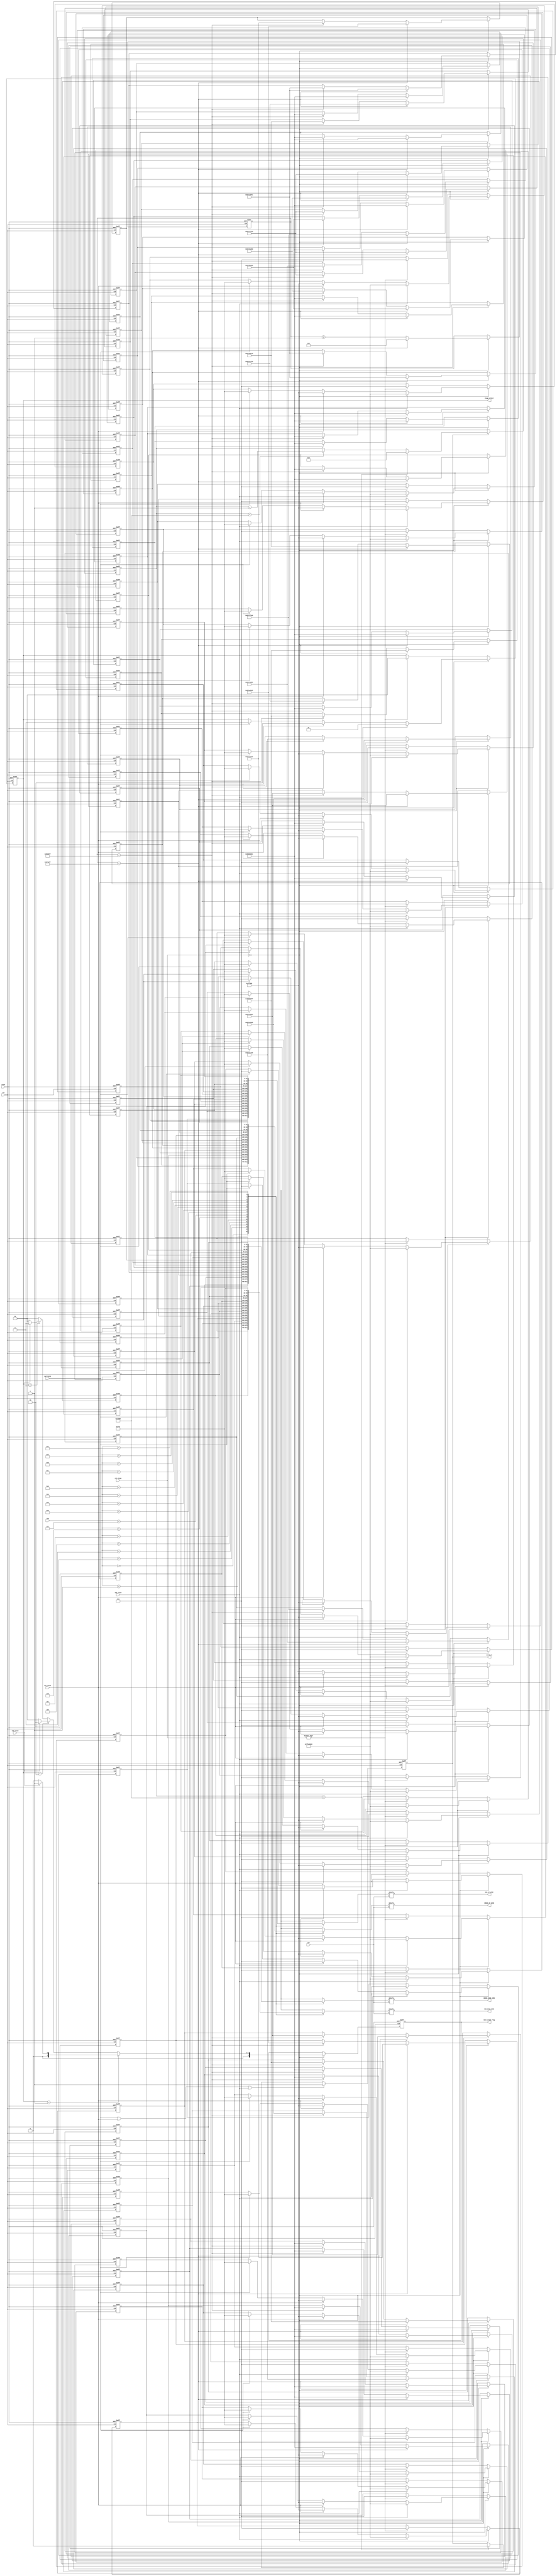

module opening (
    input clk,
    input reset,
    input wire [4:0] col,
    input wire [3:0] row,
    input wire sw0_raise,
    input wire sw1_raise,
    input wire sw2_raise,
    input wire sw3_raise,
    input wire [2:0]cur_stage,
    output reg sound_en,
    //output reg [3:0] note_sel,
    output wire [2:0]next_stage_flag,
    output wire [1:0] stage_select,
    output wire RED_UP_WIRE,
    output wire RED_DOWN_WIRE,
    output wire GREEN_UP_WIRE,
    output wire GREEN_DOWN_WIRE
//    output wire BLUE_UP_WIRE,
//    output wire BLUE_DOWN_WIRE
);

// `
parameter OPENING = 3'b000;
parameter STAGE1  = 3'b001;
parameter STAGE2  = 3'b010;
parameter STAGE3  = 3'b011;
parameter FINISH  = 3'b100;

//duU[
reg [2:0] next_stage;
reg [1:0] stage_select_flag; 

// 2 reg z
reg [31:0] R_UP [15:0], R_DOWN [15:0], G_UP [15:0], G_DOWN [15:0]; //B_UP [15:0], B_DOWN [15:0];
reg [23:0] count;
reg [23:0] MAX;

// uU[JEg
reg [16:0]sound_count;
parameter BOM_SOUND = 81_250; //12MHz  


assign RED_UP_WIRE = R_UP[row][col];
assign RED_DOWN_WIRE = R_DOWN[row][col];
assign GREEN_UP_WIRE = G_UP[row][col];
assign GREEN_DOWN_WIRE = G_DOWN[row][col];
//assign BLUE_UP_WIRE = B_UP[row][col];
//assign BLUE_DOWN_WIRE = B_DOWN[row][col];
assign stage_select = stage_select_flag;
assign next_stage_flag = next_stage;



always @(posedge clk or posedge reset) begin
    
    
	if(reset) begin
	
        G_UP[0]<=32'b11111111111111111111111111111111;
        G_UP[1]<=32'b10000000000000000000000000000001;
        G_UP[2]<=32'b10000000000000000000000000000001;
        G_UP[3]<=32'b10000000000000000000000000000001;
        G_UP[4]<=32'b10000000000000000000000000000001;
        G_UP[5]<=32'b10111111110001000010000001100001;
        G_UP[6]<=32'b10111111110000100100000011110001;
        G_UP[7]<=32'b10111111110010111101000111111001;
        G_UP[8]<=32'b10111111110011011011001101101101;
        G_UP[9]<=32'b10111111110011111111001111111101;
        G_UP[10]<=32'b10111111110001111110000010010001;
        G_UP[11]<=32'b10111111110000100100000101101001;
        G_UP[12]<=32'b10111111110001000010001010010101;
        G_UP[13]<=32'b10000000000000000000000000000001;
        G_UP[14]<=32'b10000000000000000000000000000001;
        G_UP[15]<=32'b10000000000000000000000000000001;
        
        G_DOWN[0]<=32'b10000000000000000000000000000001;
        G_DOWN[1]<=32'b10000000000000000000000000000001;
        G_DOWN[2]<=32'b10000000000000000000000000000001;
        G_DOWN[3]<=32'b10111111110001000010000001100001;
        G_DOWN[4]<=32'b10111111110000100100000011110001;
        G_DOWN[5]<=32'b10111111110000111100000111111001;
        G_DOWN[6]<=32'b10111111110001011010001101101101;
        G_DOWN[7]<=32'b10111111110011111111001111111101;
        G_DOWN[8]<=32'b10111111110011111111000101101001;
        G_DOWN[9]<=32'b10111111110010100101001000000101;
        G_DOWN[10]<=32'b10111111110000111100000100001001;
        G_DOWN[11]<=32'b10000000000000000000000000000001;
        G_DOWN[12]<=32'b10000000000000000000000000000001;
        G_DOWN[13]<=32'b10000000000000000000000000000001;
        G_DOWN[14]<=32'b10000000000000000000000000000001;
        G_DOWN[15]<=32'b11111111111111111111111111111111;
            
        R_UP[0]<=32'b00000000000000000000000000000000;
        R_UP[1]<=32'b00000000000000000000000000000000;
        R_UP[2]<=32'b00000000000000000000000000000000;
        R_UP[3]<=32'b00000000000000000000000000000000;
        R_UP[4]<=32'b00000000000000000000000000000000;
        R_UP[5]<=32'b00000000000000000000000000000000;
        R_UP[6]<=32'b00000000000000000000000000000000;
        R_UP[7]<=32'b00000000000000000000000000000000;
        R_UP[8]<=32'b00000000000000000000000000000000;
        R_UP[9]<=32'b00000000000000000000000000000000;
        R_UP[10]<=32'b00000000000000000000000000000000;
        R_UP[11]<=32'b00000000000000000000000000000000;
        R_UP[12]<=32'b00000000000000000000000000000000;
        R_UP[13]<=32'b00000000000000000000000000000000;
        R_UP[14]<=32'b00000000000000000000000000000000;
        R_UP[15]<=32'b00000000000000000000000000000000;
        
        R_DOWN[0]<=32'b00000000000000000000000000000000;
        R_DOWN[1]<=32'b00000000000000000000000000000000;
        R_DOWN[2]<=32'b00000000000000000000000000000000;
        R_DOWN[3]<=32'b00000000000000000000000000000000;
        R_DOWN[4]<=32'b00000000000000000000000000000000;
        R_DOWN[5]<=32'b00000000000000000000000000000000;
        R_DOWN[6]<=32'b00000000000000000000000000000000;
        R_DOWN[7]<=32'b00000000000000000000000000000000;
        R_DOWN[8]<=32'b00000000000000000000000000000000;
        R_DOWN[9]<=32'b00000000000000000000000000000000;
        R_DOWN[10]<=32'b00000000000000000000000000000000;
        R_DOWN[11]<=32'b00000000000000000000000000000000;
        R_DOWN[12]<=32'b00000000000000000000000000000000;
        R_DOWN[13]<=32'b00000000000000000000000000000000;
        R_DOWN[14]<=32'b00000000000000000000000000000000;
        R_DOWN[15]<=32'b00000000000000000000000000000000;
            
		next_stage <= 3'b000;
		stage_select_flag <= 2'b0;
		count <= 0;
		
	end else if (cur_stage == OPENING ) begin //I[vjO
	   
	   if(stage_select_flag == 2'b01) begin
	       if(sw3_raise == 1'b1)   next_stage <= 3'b001; 
	       else next_stage <= 3'b000;    
	   end else if(stage_select_flag == 2'b10) begin 
	       if(sw3_raise == 1'b1)   next_stage <= 3'b010; 
	       else next_stage <= 3'b000;     
	   end else if(stage_select_flag == 2'b11) begin
	       if(sw3_raise == 1'b1)   next_stage <= 3'b011; 
	       else next_stage <= 3'b000;  
	   end else    
	       next_stage <= 3'b000; 
      
	   if(sw2_raise == 1'b1) begin
	
	            stage_select_flag <= 2'b01;
                R_UP[0]<=32'b00000000000000000000000000000000;
                R_UP[1]<=32'b01111111111000000000000000000000;
                R_UP[2]<=32'b01111111111000000000000000000000;
                R_UP[3]<=32'b01111111111000000000000000000000;
                R_UP[4]<=32'b01111111111000000000000000000000;
                R_UP[5]<=32'b01111111111000000000000000000000;
                R_UP[6]<=32'b01111111111000000000000000000000;
                R_UP[7]<=32'b01111111111000000000000000000000;
                R_UP[8]<=32'b01111111111000000000000000000000;
                R_UP[9]<=32'b01111111111000000000000000000000;
                R_UP[10]<=32'b01111111111000000000000000000000;
                R_UP[11]<=32'b01111111111000000000000000000000;
                R_UP[12]<=32'b01111111111000000000000000000000;
                R_UP[13]<=32'b01111111111000000000000000000000;
                R_UP[14]<=32'b01111111111000000000000000000000;
                R_UP[15]<=32'b01111111111000000000000000000000;
                
                R_DOWN[0]<=32'b01111111111000000000000000000000;
                R_DOWN[1]<=32'b01111111111000000000000000000000;
                R_DOWN[2]<=32'b01111111111000000000000000000000;
                R_DOWN[3]<=32'b01111111111000000000000000000000;
                R_DOWN[4]<=32'b01111111111000000000000000000000;
                R_DOWN[5]<=32'b01111111111000000000000000000000;
                R_DOWN[6]<=32'b01111111111000000000000000000000;
                R_DOWN[7]<=32'b01111111111000000000000000000000;
                R_DOWN[8]<=32'b01111111111000000000000000000000;
                R_DOWN[9]<=32'b01111111111000000000000000000000;
                R_DOWN[10]<=32'b01111111111000000000000000000000;
                R_DOWN[11]<=32'b01111111111000000000000000000000;
                R_DOWN[12]<=32'b01111111111000000000000000000000;
                R_DOWN[13]<=32'b01111111111000000000000000000000;
                R_DOWN[14]<=32'b01111111111000000000000000000000;
                R_DOWN[15]<=32'b00000000000000000000000000000000;

    
	   end else if(sw1_raise == 1'b1) begin
	
	       stage_select_flag <= 2'b10;
            R_UP[0]<=32'b00000000000000000000000000000000;
            R_UP[1]<=32'b00000000000111111111100000000000;
            R_UP[2]<=32'b00000000000111111111100000000000;
            R_UP[3]<=32'b00000000000111111111100000000000;
            R_UP[4]<=32'b00000000000111111111100000000000;
            R_UP[5]<=32'b00000000000111111111100000000000;
            R_UP[6]<=32'b00000000000111111111100000000000;
            R_UP[7]<=32'b00000000000111111111100000000000;
            R_UP[8]<=32'b00000000000111111111100000000000;
            R_UP[9]<=32'b00000000000111111111100000000000;
            R_UP[10]<=32'b00000000000111111111100000000000;
            R_UP[11]<=32'b00000000000111111111100000000000;
            R_UP[12]<=32'b00000000000111111111100000000000;
            R_UP[13]<=32'b00000000000111111111100000000000;
            R_UP[14]<=32'b00000000000111111111100000000000;
            R_UP[15]<=32'b00000000000111111111100000000000;
            
            R_DOWN[0]<=32'b00000000000111111111100000000000;
            R_DOWN[1]<=32'b00000000000111111111100000000000;
            R_DOWN[2]<=32'b00000000000111111111100000000000;
            R_DOWN[3]<=32'b00000000000111111111100000000000;
            R_DOWN[4]<=32'b00000000000111111111100000000000;
            R_DOWN[5]<=32'b00000000000111111111100000000000;
            R_DOWN[6]<=32'b00000000000111111111100000000000;
            R_DOWN[7]<=32'b00000000000111111111100000000000;
            R_DOWN[8]<=32'b00000000000111111111100000000000;
            R_DOWN[9]<=32'b00000000000111111111100000000000;
            R_DOWN[10]<=32'b00000000000111111111100000000000;
            R_DOWN[11]<=32'b00000000000111111111100000000000;
            R_DOWN[12]<=32'b00000000000111111111100000000000;
            R_DOWN[13]<=32'b00000000000111111111100000000000;
            R_DOWN[14]<=32'b00000000000111111111100000000000;
            R_DOWN[15]<=32'b00000000000000000000000000000000;
    
	   end else if(sw0_raise == 1'b1) begin
	       stage_select_flag <= 2'b11;
            R_UP[0]<=32'b00000000000000000000000000000000;
            R_UP[1]<=32'b00000000000000000000011111111110;
            R_UP[2]<=32'b00000000000000000000011111111110;
            R_UP[3]<=32'b00000000000000000000011111111110;
            R_UP[4]<=32'b00000000000000000000011111111110;
            R_UP[5]<=32'b00000000000000000000011111111110;
            R_UP[6]<=32'b00000000000000000000011111111110;
            R_UP[7]<=32'b00000000000000000000011111111110;
            R_UP[8]<=32'b00000000000000000000011111111110;
            R_UP[9]<=32'b00000000000000000000011111111110;
            R_UP[10]<=32'b00000000000000000000011111111110;
            R_UP[11]<=32'b00000000000000000000011111111110;
            R_UP[12]<=32'b00000000000000000000011111111110;
            R_UP[13]<=32'b00000000000000000000011111111110;
            R_UP[14]<=32'b00000000000000000000011111111110;
            R_UP[15]<=32'b00000000000000000000011111111110;
            
            R_DOWN[0]<=32'b00000000000000000000011111111110;
            R_DOWN[1]<=32'b00000000000000000000011111111110;
            R_DOWN[2]<=32'b00000000000000000000011111111110;
            R_DOWN[3]<=32'b00000000000000000000011111111110;
            R_DOWN[4]<=32'b00000000000000000000011111111110;
            R_DOWN[5]<=32'b00000000000000000000011111111110;
            R_DOWN[6]<=32'b00000000000000000000011111111110;
            R_DOWN[7]<=32'b00000000000000000000011111111110;
            R_DOWN[8]<=32'b00000000000000000000011111111110;
            R_DOWN[9]<=32'b00000000000000000000011111111110;
            R_DOWN[10]<=32'b00000000000000000000011111111110;
            R_DOWN[11]<=32'b00000000000000000000011111111110;
            R_DOWN[12]<=32'b00000000000000000000011111111110;
            R_DOWN[13]<=32'b00000000000000000000011111111110;
            R_DOWN[14]<=32'b00000000000000000000011111111110;
            R_DOWN[15]<=32'b00000000000000000000000000000000;
       
	   end   
	   
	   
       if (count ==11999999) begin
            count <= 0;
            
            G_UP[0]<=32'b11111111111111111111111111111111;
            G_UP[1]<=32'b10000000000000000000000000000001;
            G_UP[2]<=32'b10000000000000000000000000000001;
            G_UP[3]<=32'b10000000000000000000000000000001;
            G_UP[4]<=32'b10000000000000000000000000000001;
            G_UP[5]<=32'b10111111110001000010000001100001;
            G_UP[6]<=32'b10111111110000100100000011110001;
            G_UP[7]<=32'b10111111110010111101000111111001;
            G_UP[8]<=32'b10111111110011011011001101101101;
            G_UP[9]<=32'b10111111110011111111001111111101;
            G_UP[10]<=32'b10111111110001111110000010010001;
            G_UP[11]<=32'b10111111110000100100000101101001;
            G_UP[12]<=32'b10111111110001000010001010010101;
            G_UP[13]<=32'b10000000000000000000000000000001;
            G_UP[14]<=32'b10000000000000000000000000000001;
            G_UP[15]<=32'b10000000000000000000000000000001;
            
            G_DOWN[0]<=32'b10000000000000000000000000000001;
            G_DOWN[1]<=32'b10000000000000000000000000000001;
            G_DOWN[2]<=32'b10000000000000000000000000000001;
            G_DOWN[3]<=32'b10111111110001000010000001100001;
            G_DOWN[4]<=32'b10111111110000100100000011110001;
            G_DOWN[5]<=32'b10111111110000111100000111111001;
            G_DOWN[6]<=32'b10111111110001011010001101101101;
            G_DOWN[7]<=32'b10111111110011111111001111111101;
            G_DOWN[8]<=32'b10111111110011111111000101101001;
            G_DOWN[9]<=32'b10111111110010100101001000000101;
            G_DOWN[10]<=32'b10111111110000111100000100001001;
            G_DOWN[11]<=32'b10000000000000000000000000000001;
            G_DOWN[12]<=32'b10000000000000000000000000000001;
            G_DOWN[13]<=32'b10000000000000000000000000000001;
            G_DOWN[14]<=32'b10000000000000000000000000000001;
            G_DOWN[15]<=32'b11111111111111111111111111111111;
    
    

        end else if (count==5999999) begin
        
        count <= count + 1;
        G_UP[0]<=32'b11111111111111111111111111111111;
        G_UP[1]<=32'b10000000000000000000000000000001;
        G_UP[2]<=32'b10000000000000000000000000000001;
        G_UP[3]<=32'b10000000000000000000000000000001;
        G_UP[4]<=32'b10000000000000000000000000000001;
        G_UP[5]<=32'b10111111110001000010000001100001;
        G_UP[6]<=32'b10111111110000100100000011110001;
        G_UP[7]<=32'b10111111110000111100000111111001;
        G_UP[8]<=32'b10111111110001011010001101101101;
        G_UP[9]<=32'b10111111110011111111001111111101;
        G_UP[10]<=32'b10111111110011111111000101101001;
        G_UP[11]<=32'b10111111110010100101001000000101;
        G_UP[12]<=32'b10111111110000111100000100001001;
        G_UP[13]<=32'b10000000000000000000000000000001;
        G_UP[14]<=32'b10000000000000000000000000000001;
        G_UP[15]<=32'b10000000000000000000000000000001;
        
        G_DOWN[0]<=32'b10000000000000000000000000000001;
        G_DOWN[1]<=32'b10000000000000000000000000000001;
        G_DOWN[2]<=32'b10000000000000000000000000000001;
        G_DOWN[3]<=32'b10111111110001000010000001100001;
        G_DOWN[4]<=32'b10111111110000100100000011110001;
        G_DOWN[5]<=32'b10111111110010111101000111111001;
        G_DOWN[6]<=32'b10111111110011011011001101101101;
        G_DOWN[7]<=32'b10111111110011111111001111111101;
        G_DOWN[8]<=32'b10111111110001111110000010010001;
        G_DOWN[9]<=32'b10111111110000100100000101101001;
        G_DOWN[10]<=32'b10111111110001000010001010010101;
        G_DOWN[11]<=32'b10000000000000000000000000000001;
        G_DOWN[12]<=32'b10000000000000000000000000000001;
        G_DOWN[13]<=32'b10000000000000000000000000000001;
        G_DOWN[14]<=32'b10000000000000000000000000000001;
        G_DOWN[15]<=32'b11111111111111111111111111111111;
        
    
    
        end else begin
          count <= count + 1;
          
       
       end
    end else if(cur_stage != OPENING ) begin //I[vjOXe[W
        stage_select_flag <= 2'b00;
        R_UP[0]<=32'b00000000000000000000000000000000;
        R_UP[1]<=32'b00000000000000000000000000000000;
        R_UP[2]<=32'b00000000000000000000000000000000;
        R_UP[3]<=32'b00000000000000000000000000000000;
        R_UP[4]<=32'b00000000000000000000000000000000;
        R_UP[5]<=32'b00000000000000000000000000000000;
        R_UP[6]<=32'b00000000000000000000000000000000;
        R_UP[7]<=32'b00000000000000000000000000000000;
        R_UP[8]<=32'b00000000000000000000000000000000;
        R_UP[9]<=32'b00000000000000000000000000000000;
        R_UP[10]<=32'b00000000000000000000000000000000;
        R_UP[11]<=32'b00000000000000000000000000000000;
        R_UP[12]<=32'b00000000000000000000000000000000;
        R_UP[13]<=32'b00000000000000000000000000000000;
        R_UP[14]<=32'b00000000000000000000000000000000;
        R_UP[15]<=32'b00000000000000000000000000000000;
        
        R_DOWN[0]<=32'b00000000000000000000000000000000;
        R_DOWN[1]<=32'b00000000000000000000000000000000;
        R_DOWN[2]<=32'b00000000000000000000000000000000;
        R_DOWN[3]<=32'b00000000000000000000000000000000;
        R_DOWN[4]<=32'b00000000000000000000000000000000;
        R_DOWN[5]<=32'b00000000000000000000000000000000;
        R_DOWN[6]<=32'b00000000000000000000000000000000;
        R_DOWN[7]<=32'b00000000000000000000000000000000;
        R_DOWN[8]<=32'b00000000000000000000000000000000;
        R_DOWN[9]<=32'b00000000000000000000000000000000;
        R_DOWN[10]<=32'b00000000000000000000000000000000;
        R_DOWN[11]<=32'b00000000000000000000000000000000;
        R_DOWN[12]<=32'b00000000000000000000000000000000;
        R_DOWN[13]<=32'b00000000000000000000000000000000;
        R_DOWN[14]<=32'b00000000000000000000000000000000;
        R_DOWN[15]<=32'b00000000000000000000000000000000;
    
        
    end 
end


//uU[
always @(posedge clk or posedge reset)begin
    if(reset == 1'b1) 
        sound_en <= 1'b0;
    else if(sw0_raise == 1'b1 |sw1_raise == 1'b1|sw2_raise == 1'b1) begin 
            sound_en <= 1'b1;       
    end else if( sound_count == BOM_SOUND ) begin
            sound_en <= 1'b0;
    end 
end


//uU[JEg
always @(posedge clk or posedge reset)begin
    if(reset==1'b1)begin
        sound_count <=0;
    end else if(sound_en==1'b1) begin
        if (sound_count == BOM_SOUND) begin
            sound_count <= 0;
        end else if( sound_count < BOM_SOUND) begin    
            sound_count <= sound_count + 17'b1;
        end 
    end
end



endmodule